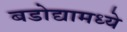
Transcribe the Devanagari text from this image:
बडोद्यामध्ये